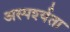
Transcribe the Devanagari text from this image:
अस्पर्श्यता